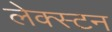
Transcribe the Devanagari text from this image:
लेक्स्टन